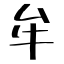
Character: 牟